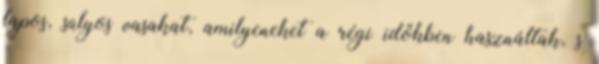
lapos, súlyos vasakat, amilyeneket a régi időkben használtak, s